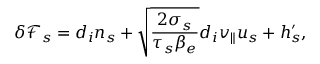
\delta { \mathcal F } _ { s } = d _ { i } n _ { s } + \sqrt { \frac { 2 \sigma _ { s } } { \tau _ { s } \beta _ { e } } } d _ { i } v _ { \parallel } u _ { s } + h _ { s } ^ { \prime } ,